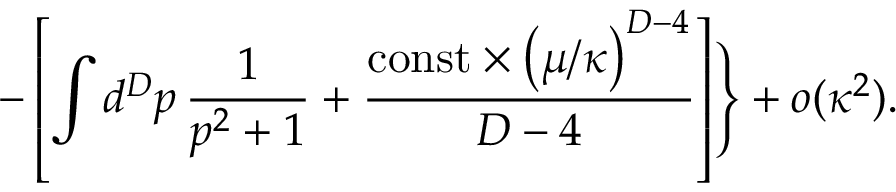
- \left[ \int d ^ { D } p \, { \frac { 1 } { p ^ { 2 } + 1 } } + { \frac { \mathrm { c o n s t } \times \left( \mu / \kappa \right) ^ { D - 4 } } { D - 4 } } \right] \Biggr \} + o ( \kappa ^ { 2 } ) .